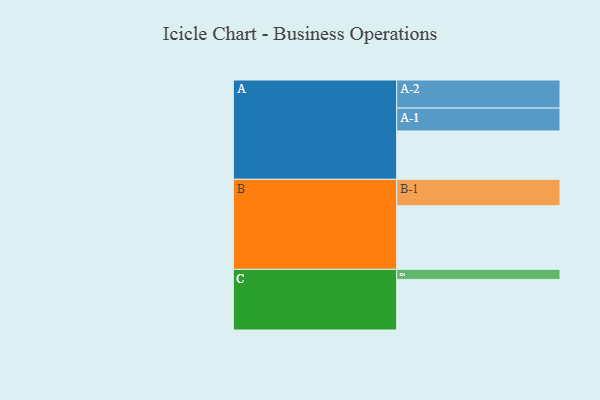
{"axis": {"x": "Segment", "y": "Value"}, "legend": ["", "A", "B", "C"], "data": [{"x": "A", "y": 380, "type": ""}, {"x": "B", "y": 500, "type": ""}, {"x": "C", "y": 398, "type": ""}, {"x": "A-1", "y": 180, "type": "A"}, {"x": "A-2", "y": 221, "type": "A"}, {"x": "B-1", "y": 208, "type": "B"}, {"x": "C-1", "y": 79, "type": "C"}]}